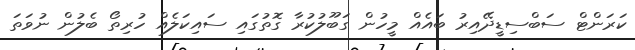
ކަރަންޓް ސަބްސިޑީދޭއިރު ބައެއް މީހުން ގަބޫލުކުރާ ގޮތުގައި ސައިކަލެއް ހުރިތޯ ބެލުން ނުވަތަ